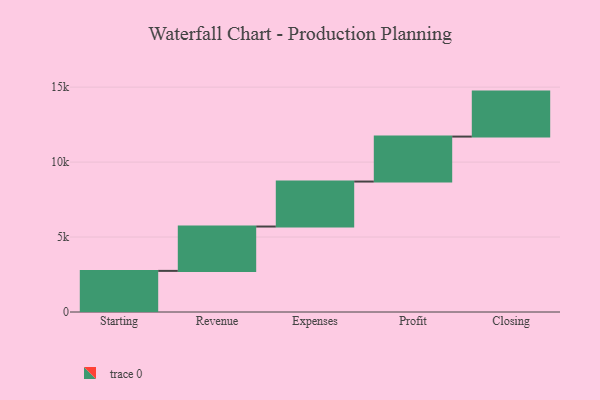
{"axis": {"x": "Step", "y": "Value"}, "legend": [""], "data": [{"x": "Starting", "y": 2743.0, "type": ""}, {"x": "Revenue", "y": 2958.0, "type": ""}, {"x": "Expenses", "y": 3000, "type": ""}, {"x": "Profit", "y": 3000, "type": ""}, {"x": "Closing", "y": 3000, "type": ""}]}